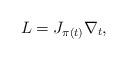
LaTeX: \begin{align*}L=J_{\pi(t)}\nabla_t,\end{align*}